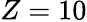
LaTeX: Z=10